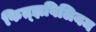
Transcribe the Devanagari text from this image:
फित्झविलियम